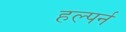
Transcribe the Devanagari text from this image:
हल्पर्न